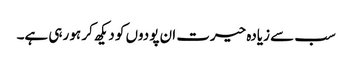
سب سے زیادہ حیرت ان پودوں کو دیکھ کر ہو رہی ہے۔